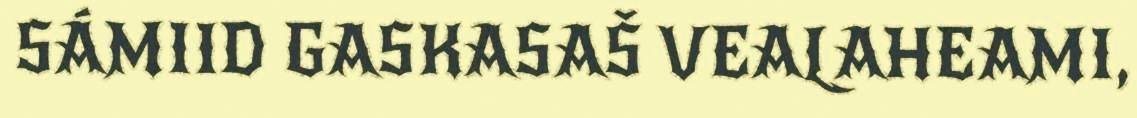
SÁMIID GASKASAŠ VEALAHEAMI,